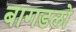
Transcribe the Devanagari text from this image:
बागडलो